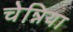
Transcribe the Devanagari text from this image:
चेन्निया